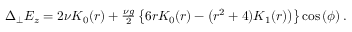
\begin{array} { r } { \Delta _ { \perp } E _ { z } = 2 \nu K _ { 0 } ( r ) + \frac { \nu g } { 2 } \left\{ 6 r K _ { 0 } ( r ) - \left( r ^ { 2 } + 4 ) K _ { 1 } ( r ) \right) \right\} \cos \left( \phi \right) . } \end{array}